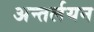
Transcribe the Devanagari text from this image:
अन्तर्लयन